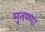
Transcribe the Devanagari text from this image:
मुतण्णा